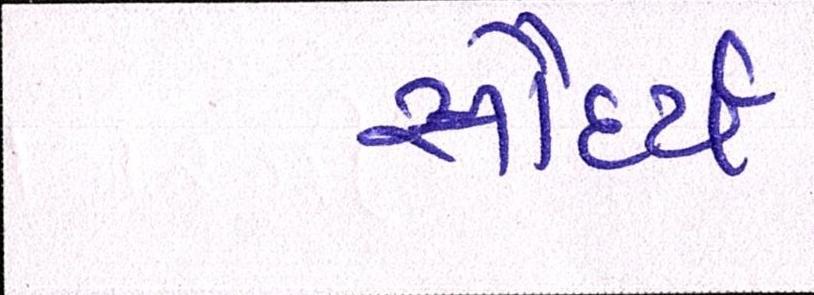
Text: સૌંદર્ય